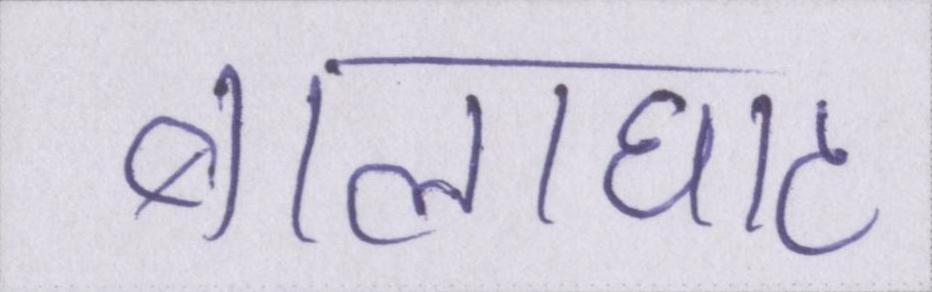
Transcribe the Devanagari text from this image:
बालाघाट